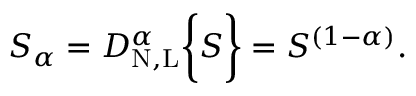
S _ { \alpha } = D _ { \mathrm { N , L } } ^ { \alpha } \bigg \{ { S \bigg \} } = { S ^ { ( 1 - \alpha ) } } .